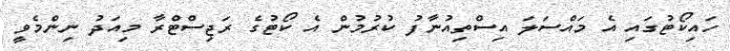
ހައިކޯޓުގައި އެ މައްސަލަ އިސްތިއުނާފު ކުރުމުން އެ ކޯޓުގެ ރަޖިސްޓްރާ މިއަދު ނިންމެވީ